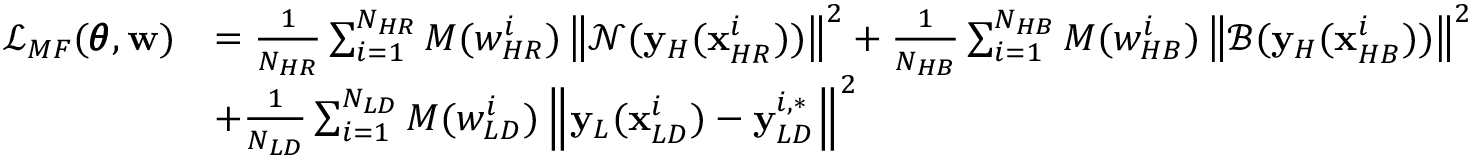
\begin{array} { r l } { \mathcal { L } _ { M F } ( \pmb { \theta } , \mathbf { w } ) } & { = { \frac { 1 } { N _ { H R } } \sum _ { i = 1 } ^ { N _ { H R } } { M ( w _ { H R } ^ { i } ) \left\| \mathcal { N } ( \mathbf { y } _ { H } ( \mathbf { x } _ { H R } ^ { i } ) ) \right\| ^ { 2 } } + \frac { 1 } { N _ { H B } } \sum _ { i = 1 } ^ { N _ { H B } } { M ( w _ { H B } ^ { i } ) \left\| \mathcal { B } ( \mathbf { y } _ { H } ( \mathbf { x } _ { H B } ^ { i } ) ) \right\| ^ { 2 } } } } \\ & { + { \frac { 1 } { N _ { L D } } \sum _ { i = 1 } ^ { N _ { L D } } { M ( w _ { L D } ^ { i } ) \left\| \mathbf { y } _ { L } ( \mathbf { x } _ { L D } ^ { i } ) - \mathbf { y } _ { L D } ^ { i , * } \right\| ^ { 2 } } } } \end{array}